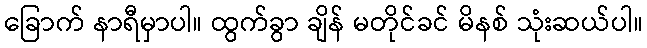
ခြောက် နာရီမှာပါ။ ထွက်ခွာ ချိန် မတိုင်ခင် မိနစ် သုံးဆယ်ပါ။